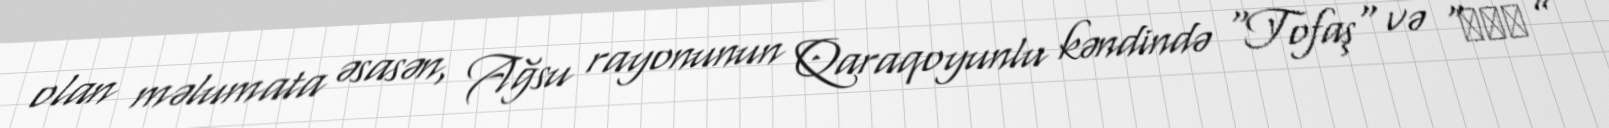
olan məlumata əsasən, Ağsu rayonunun Qaraqoyunlu kəndində "Tofaş" və “ВАЗ”